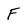
Character: F